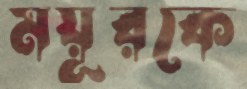
ময়ূরকে